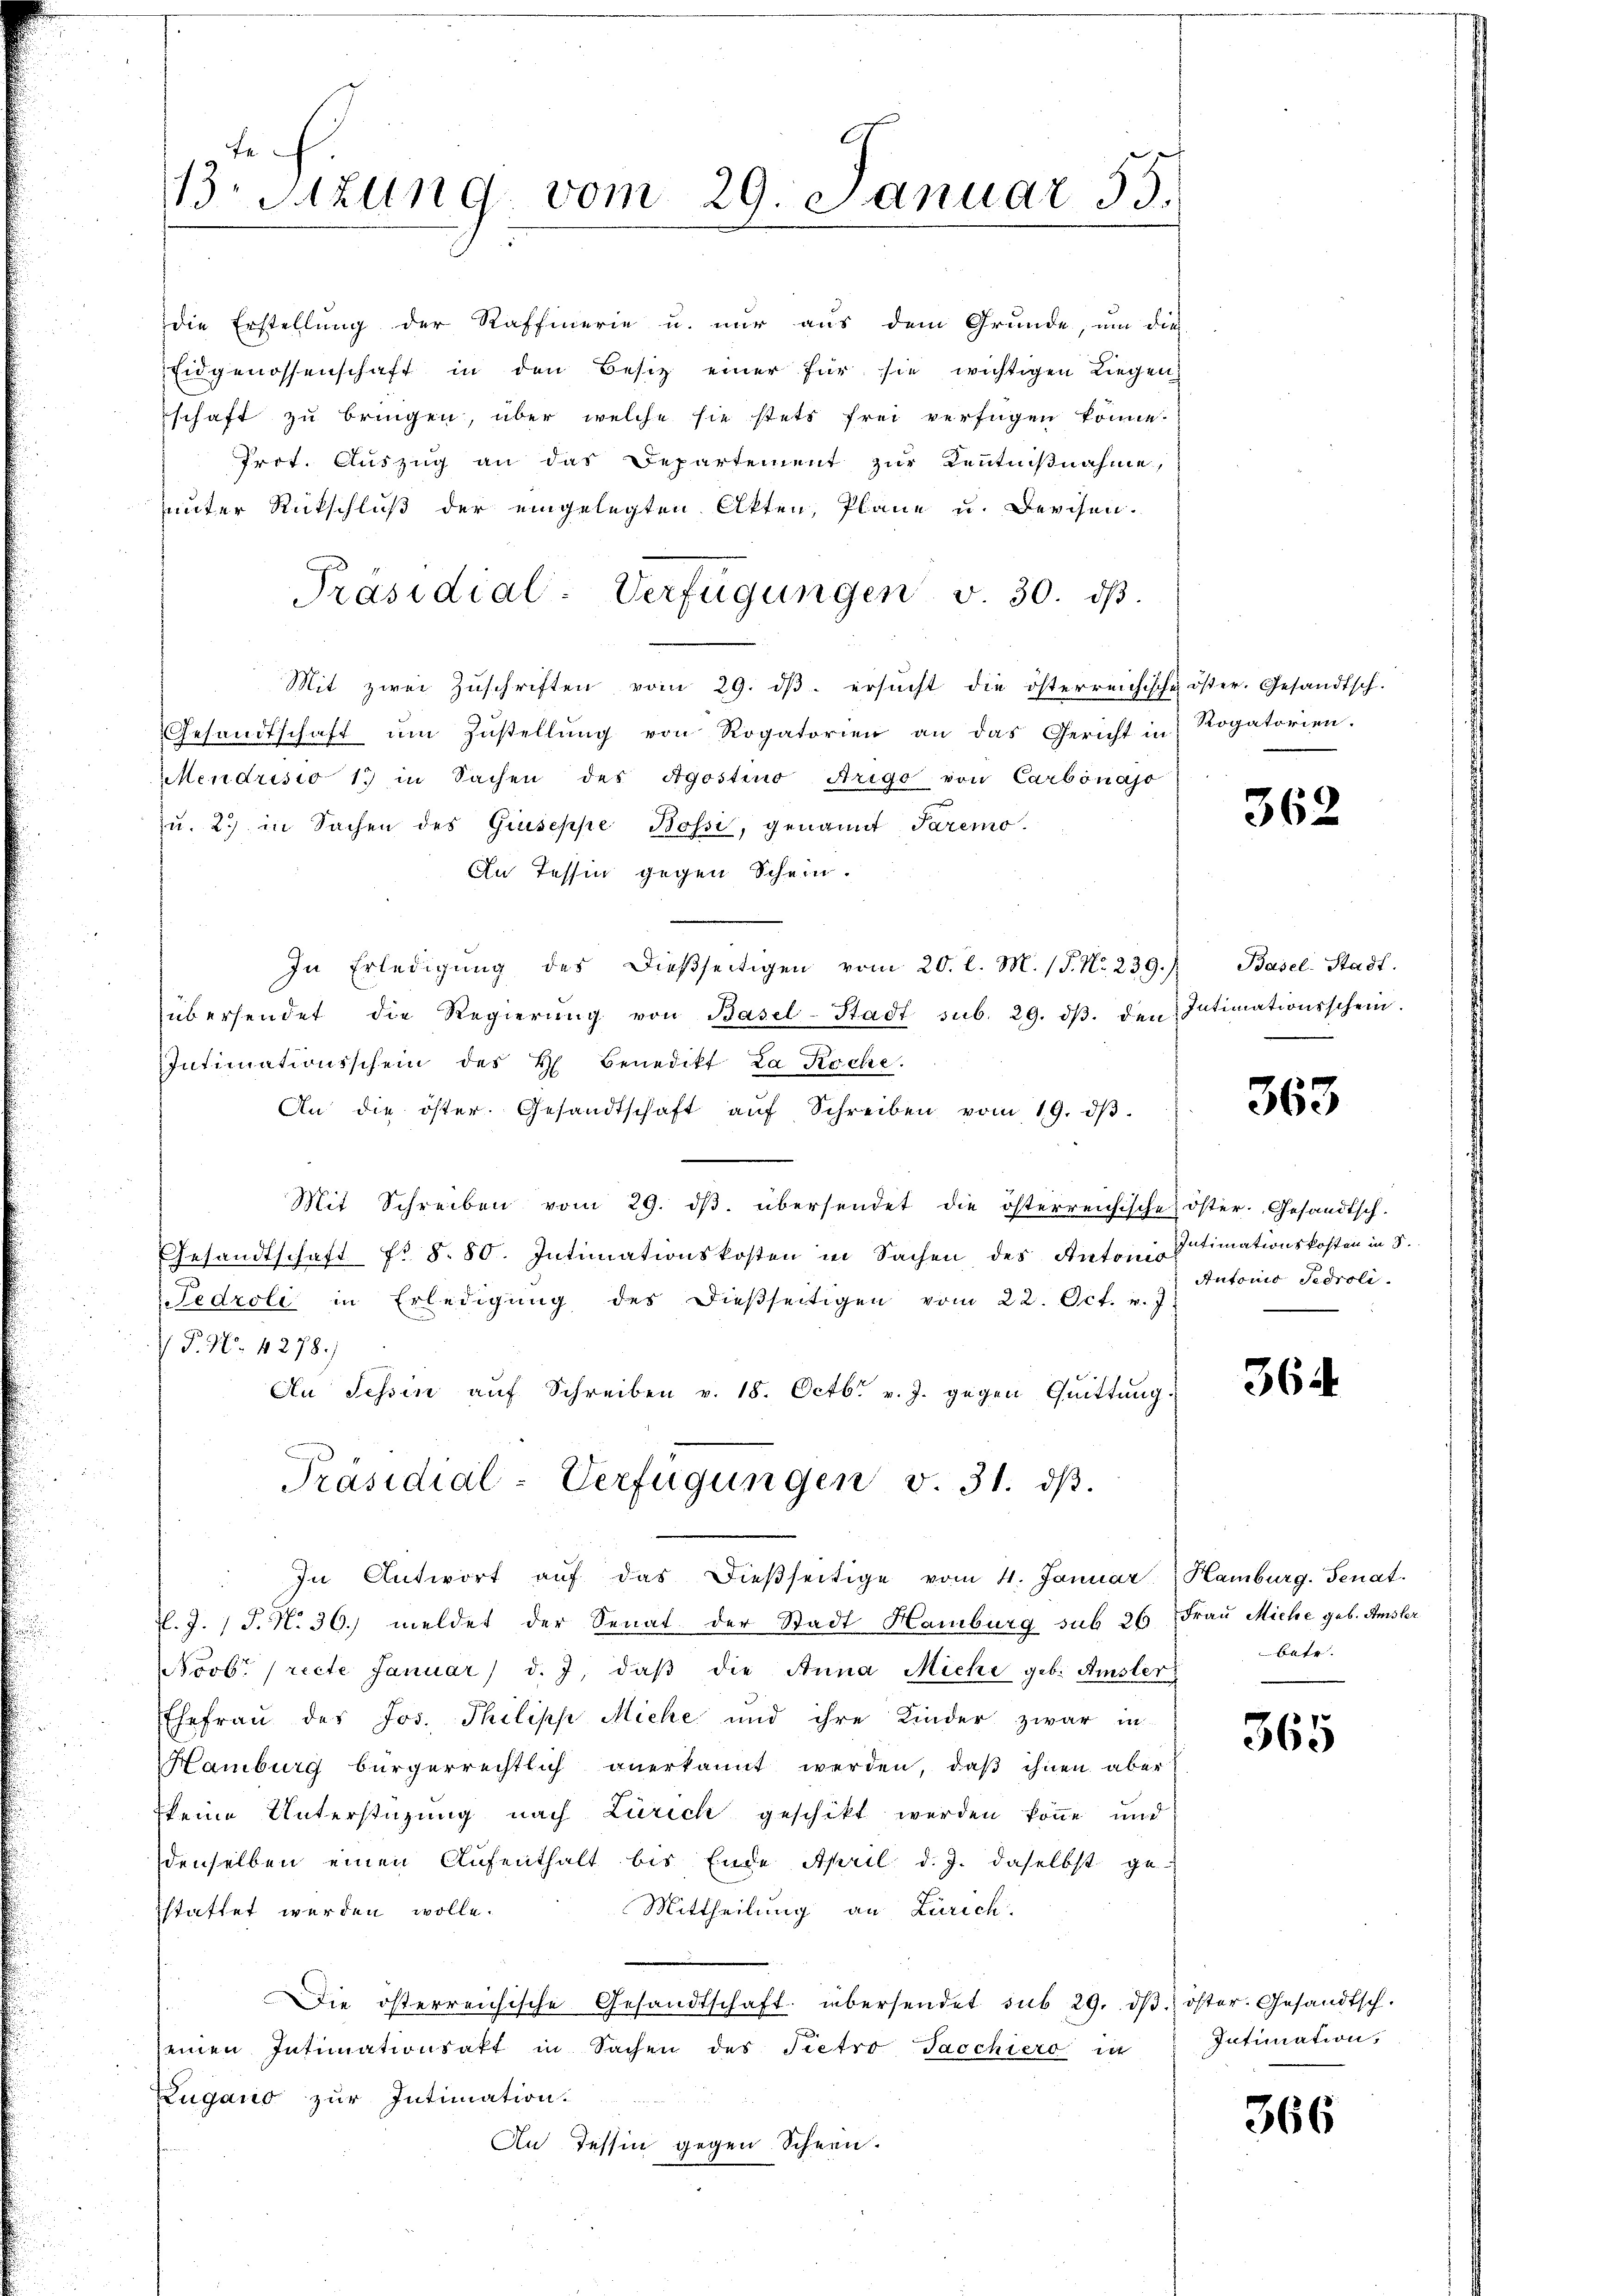
13. Sitzung vom 29. Januar 55.

die Erstellung der Raffierie u. nur aus dem Grunde, um die
Eidgenossenschaft in den Besitz einer für sie wichtigen Liegen
schaft zu bringen, über welche sie stets frei verfügen könne.
Prot. Auszug an das Departement zur Kenntnißnahme,
unter Rückschluß der eingelegten Akten, Pläne u. Berchen.
Mit zwei Zŭschriften vom 29. dβ. ersucht die österreichische öster. Gesandtsch.
Gesandtschaft um Zustellung von Rogatorien an das Gericht in Rogatorien.
Mendrisio 1 in Sachen des Agostino Arigo von Carbonajo
u. 2. in Sachen des Giuseppe Bossi, genannt Paremo.
In Tessin gegen Schein.
In Erledigŭng des dießseitigen vom 20. l. M. (S. Nr. 239.) Basel-Stadt.
übersendet die Regierŭng von Basel-Stadt sub. 29. dβ. den Intimationsschein.
Intimationsschein des H Benedikt La Roche.
An die öster. Gesandtschaft aŭf Schreiben vom 19. dβ.
Mit Schreiben vom 29. dβ. übersendet die österreichische öster Gesandtsch.
GGesandtschaft f. §. 80. Intimationskosten in Sachen des Antonistimationskosten in S.
d
Fedroli in Erledigung des dießseitigen vom 22. Oct. v. J
V P. N. 4278.)
An Tessin aŭf Schreiben v. 18. Octb. v. J. gegen Quittung.
Präsidial-Verfügungen v. 31. dβ.
In Antwort aŭf das dieβseitige vom 4. Januar  Hamburg. Senat.
l. J. J. N. 36. meldet der Senat der Stadt Hamburg sub 26. Frau Miche geb. Amsler
Novbr. (recte Januar d. J. daβ die Anna Michi geb. Amster
Ehefraŭ des Jos. Philipp Miche und ihre Kinder zwar in
Hamburg bürgerrechtlich anerkannt werden, daβ ihnen aber
keine Unterstüzung nach Zürich geschikt werden könne und
denselben einen Aufenthalt bis Ende April d. J. daselbst ge-
Mittheilung an Zürich.
stattet werden wolle.
Die österreichische Gesandtschaft übersendet sub 29. dβ öster. Gesandtsch.
seinen Intimationsakt in Sachen des Pietro Taschiero in
Zugano zur Intimation.
An Tessin gegen Schnen.

Präsidial-Verfügungen v. 30. dβ.

362

363

Antonio Sedroli

364

batr.

365

Intimation,

366